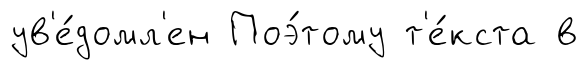
ув'е́домл'ен Поэ́тому т'е́кста в